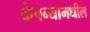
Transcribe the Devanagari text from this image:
कंपन्यामधील